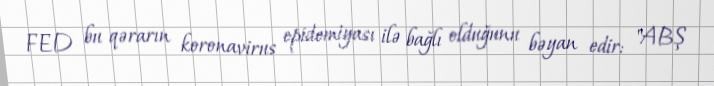
FED bu qərarın koronavirus epidemiyası ilə bağlı olduğunu bəyan edir: "ABŞ